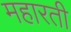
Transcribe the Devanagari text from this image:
महारती